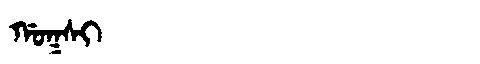
Manchu: ᡤᠣᡴᠰᡳ
Romanization: GOKSI